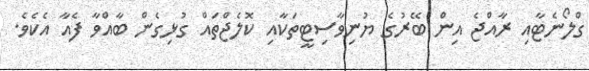
ގްލޯނެޓާއި ރާއްޖެ އިން ބޭރުގެ ޔުނިވާސިޓީތަކާއި ކޮލެޖްތައް ގުޅިގެން ބާއްވާ ފެއާ އެކެވެ.